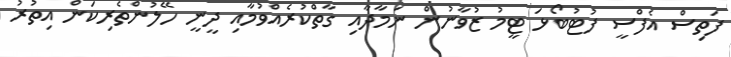
ފަތިސް އެފްސީ ފުޓުބޯޅަ ޓީމު ޒުވާނުން ނަމާދާއި ގާތްކުރެއްވުމާއި ދީނީ ހޭލުންތެރިކަން އިތުރު